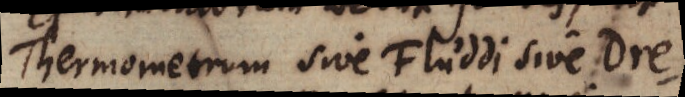
Thermometrum sive Fluddi sive Dre-